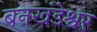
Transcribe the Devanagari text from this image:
बनखंडेश्वर